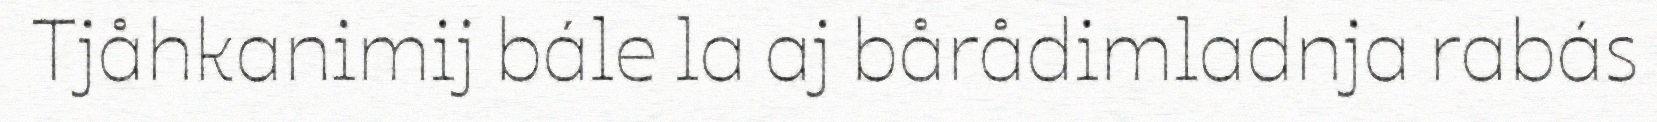
Tjåhkanimij bále la aj bårådimladnja rabás